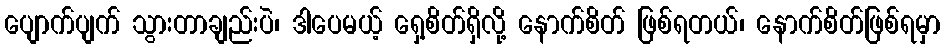
ပျောက်ပျက် သွားတာချည်းပဲ၊ ဒါပေမယ့် ရှေ့စိတ်ရှိလို့ နောက်စိတ် ဖြစ်ရတယ်၊ နောက်စိတ်ဖြစ်ရမှာ